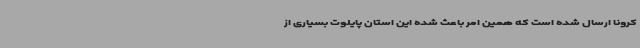
کرونا ارسال شده است که همین امر باعث شده این استان پایلوت بسیاری از